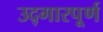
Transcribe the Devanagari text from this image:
उद्गारपूर्ण